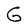
Character: G